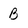
Character: B